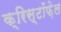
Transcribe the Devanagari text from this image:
क्रिस्टॉफ़ेल